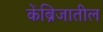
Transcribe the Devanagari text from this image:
केंब्रिजातील